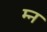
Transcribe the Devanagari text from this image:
म्न